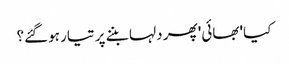
کیا 'بھائی' پھر دلہا بننے پر تیار ہوگئے؟